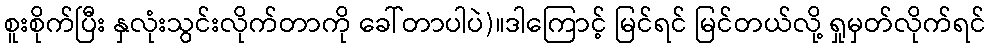
စူးစိုက်ပြီး နှလုံးသွင်းလိုက်တာကို ခေါ်တာပါပဲ)။ဒါကြောင့် မြင်ရင် မြင်တယ်လို့ ရှုမှတ်လိုက်ရင်